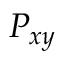
P _ { x y }